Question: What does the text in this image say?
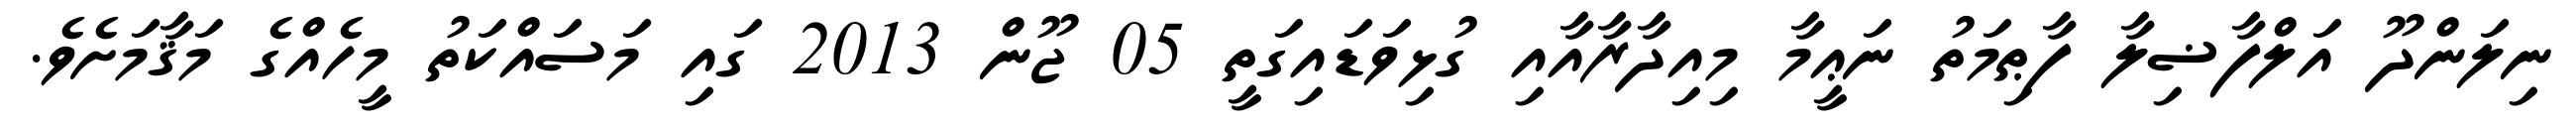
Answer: ނިލަންދޫ އަލްފާޟިލާ ފާޠިމަތު ނަޢީމާ މިއިދާރާއާއި ގުޅިވަޑައިގަތީ 05 ޖޫން 2013 ގައި މަސައްކަތު މީހެއްގެ މަޤާމަށެވެ.